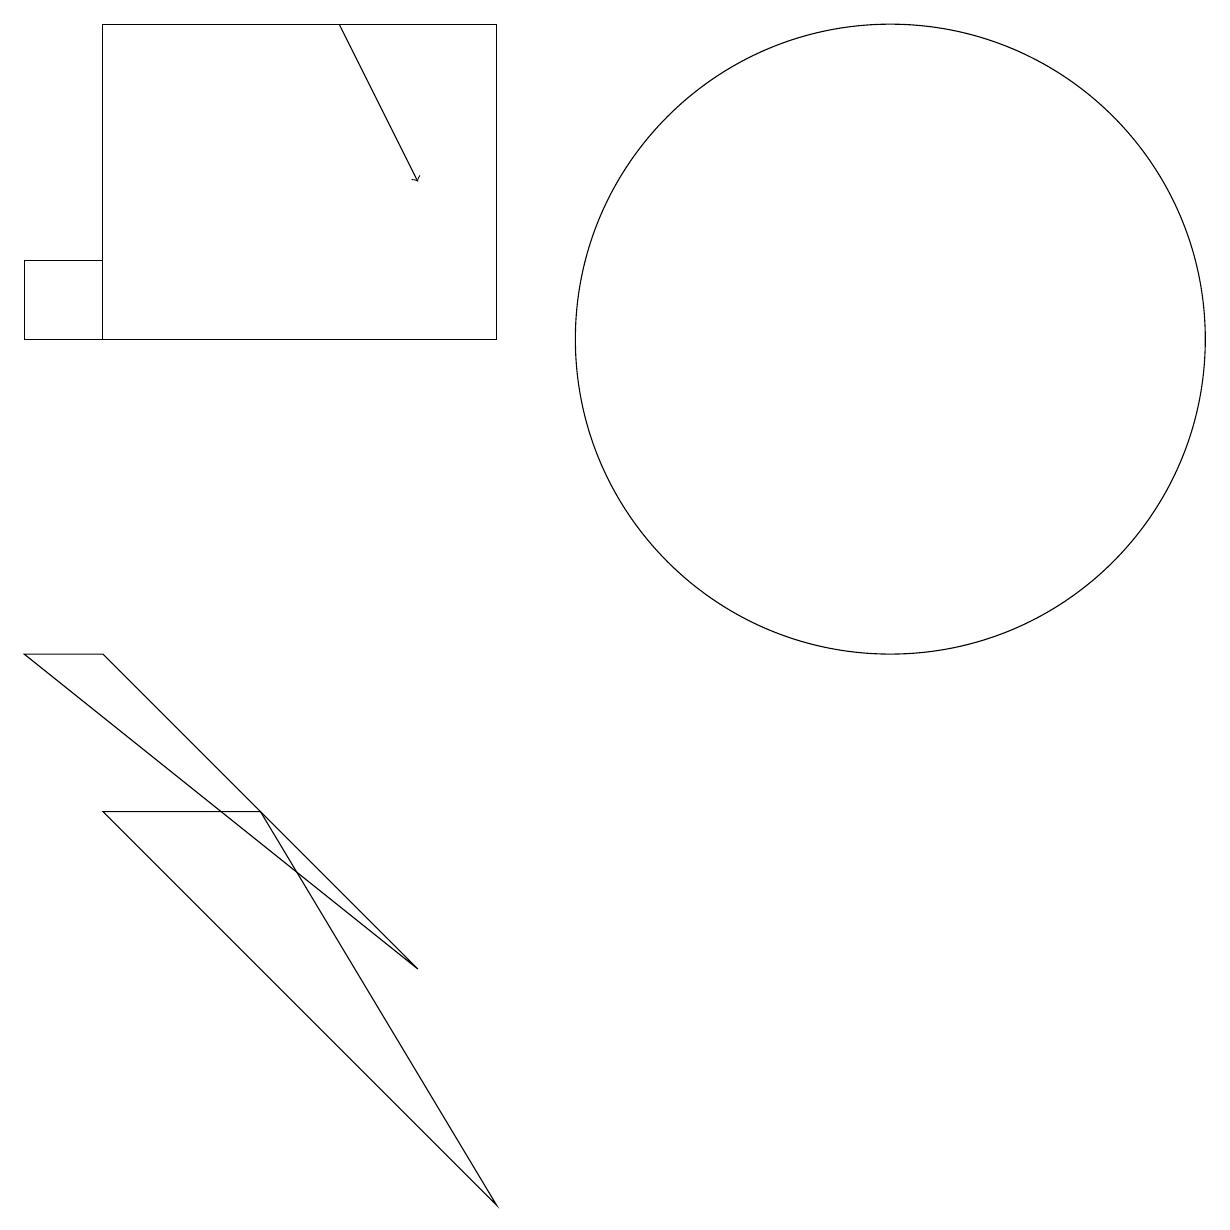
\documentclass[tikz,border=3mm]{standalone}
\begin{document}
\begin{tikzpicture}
\draw (6,11) rectangle (1,15);
\draw[->] (4,15) -- (5,13);
\draw (0,12) rectangle (1,11);
\draw (11,11) circle (4);
\draw (3,5) -- (6,0) -- (1,5) -- cycle;
\draw (0,7) -- (5,3) -- (1,7) -- cycle;
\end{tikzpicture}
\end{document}